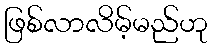
ဖြစ်လာလိမ့်မည်ဟု